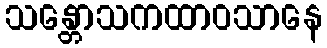
သန္တောသကထာဝသာနေ